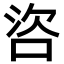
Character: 𪡌